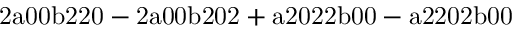
\mathrm { 2 a 0 0 b 2 2 0 - 2 a 0 0 b 2 0 2 + a 2 0 2 2 b 0 0 - a 2 2 0 2 b 0 0 }